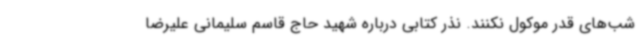
شب‌های قدر موکول نکنند. نذر کتابی درباره شهید حاج قاسم سلیمانی علیرضا